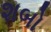
શબો